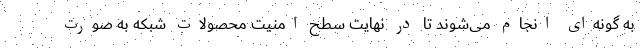
به گونه‌ای انجام می‌شوند تا در نهایت سطح امنیت محصولات شبکه به صورت